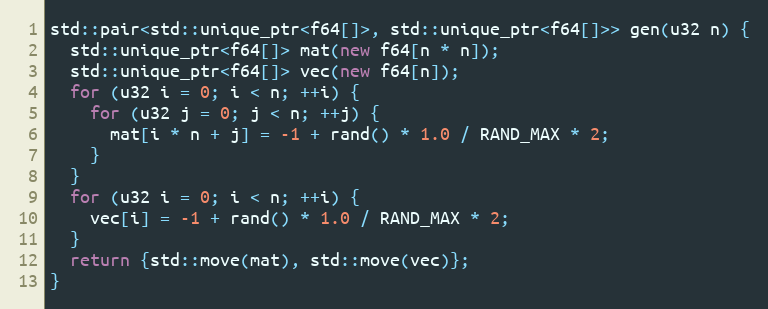
Language: C++
std::pair<std::unique_ptr<f64[]>, std::unique_ptr<f64[]>> gen(u32 n) {
  std::unique_ptr<f64[]> mat(new f64[n * n]);
  std::unique_ptr<f64[]> vec(new f64[n]);
  for (u32 i = 0; i < n; ++i) {
    for (u32 j = 0; j < n; ++j) {
      mat[i * n + j] = -1 + rand() * 1.0 / RAND_MAX * 2;
    }
  }
  for (u32 i = 0; i < n; ++i) {
    vec[i] = -1 + rand() * 1.0 / RAND_MAX * 2;
  }
  return {std::move(mat), std::move(vec)};
}